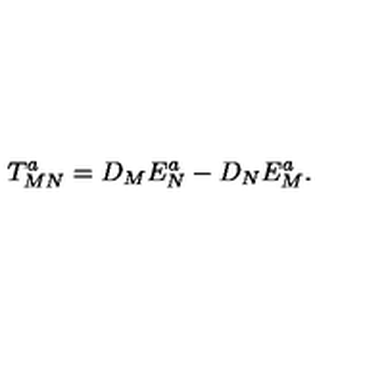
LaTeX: T _ { M N } ^ { a } = D _ { M } E _ { N } ^ { a } - D _ { N } E _ { M } ^ { a } .